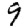
Digit: 9